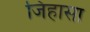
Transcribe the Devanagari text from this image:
जिहासा